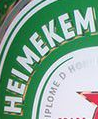
HEIMEKEM